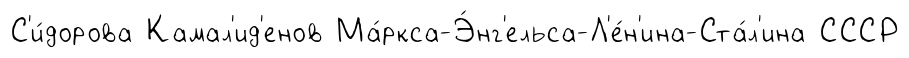
С'и́дорова Камал'ид'енов Ма́ркса-Э́нг'ельса-Л'е́н'ина-Ста́л'ина СССР